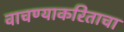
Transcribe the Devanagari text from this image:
वाचण्याकरिताचा